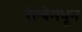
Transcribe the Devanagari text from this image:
रेल्वेमधून